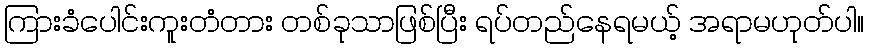
ကြားခံပေါင်းကူးတံတား တစ်ခုသာဖြစ်ပြီး ရပ်တည်နေရမယ့် အရာမဟုတ်ပါ။